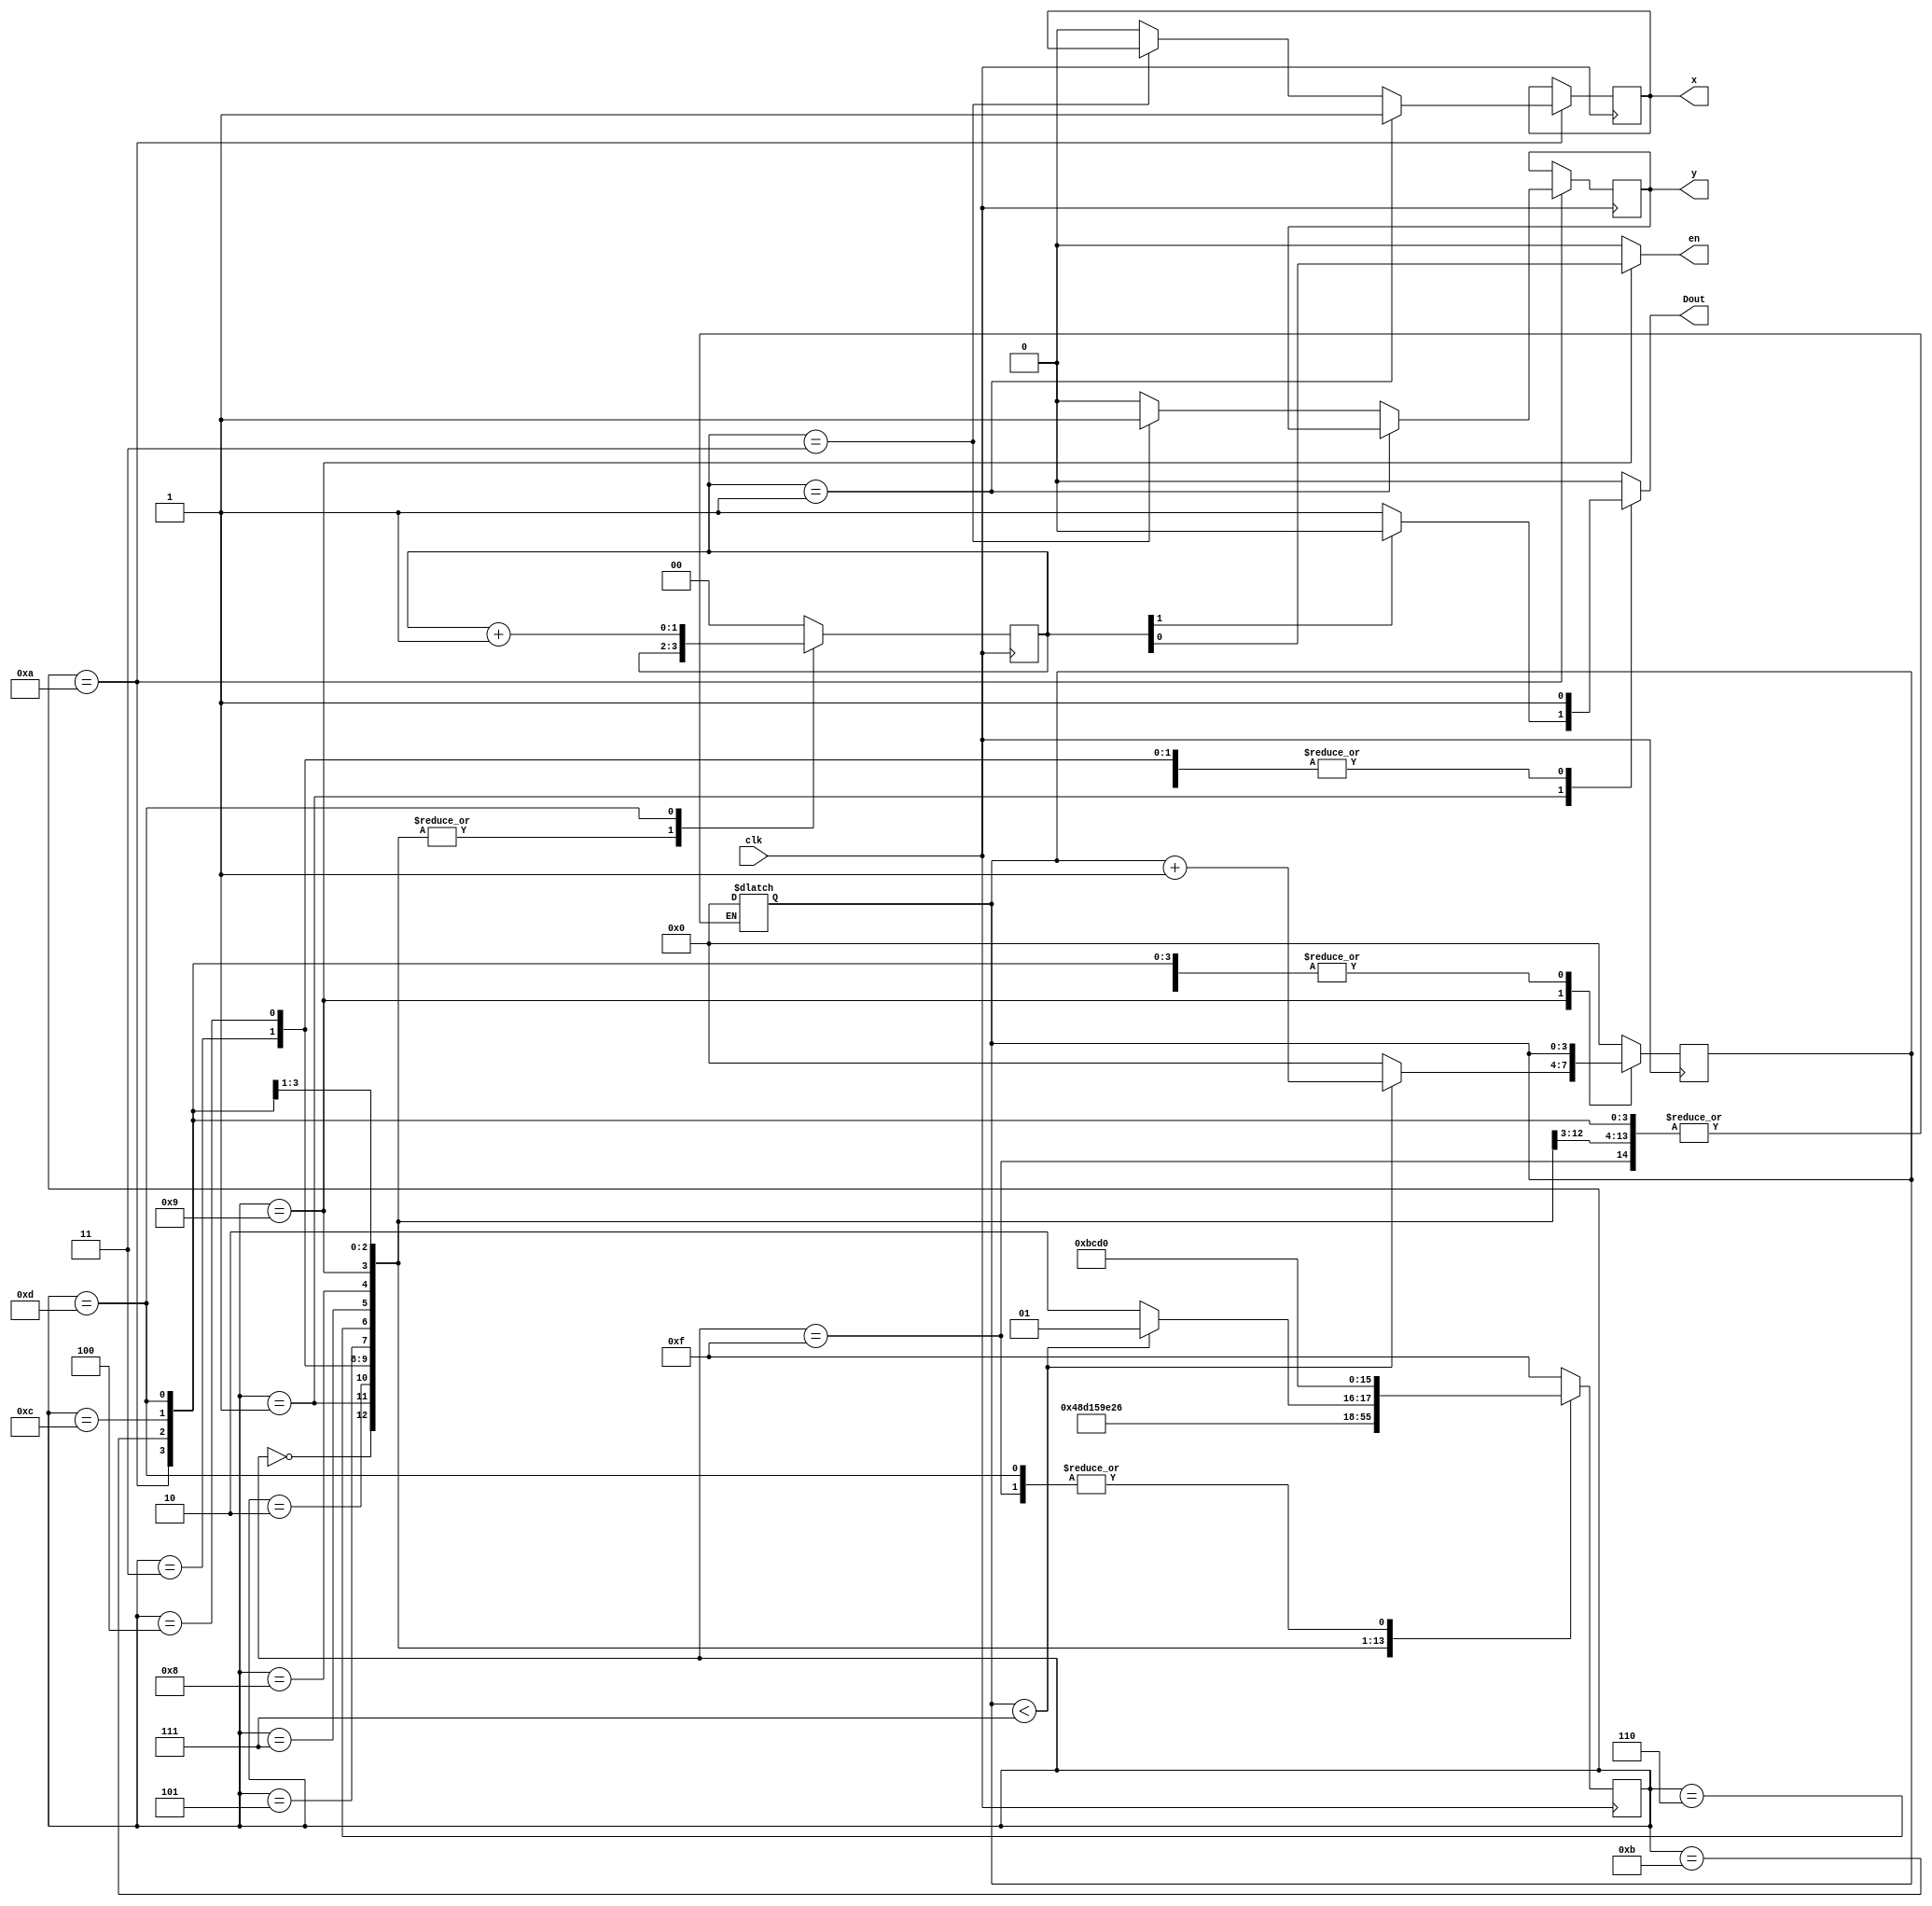
module TFT_Touch_Controller (
	input wire clk,
	output reg Dout, en,
	output reg x, y
);
	
	localparam Start = 4'b0000, A2 = 4'b0001, A1 = 4'b0010, A0 = 4'b0011, Mode = 4'b0100, SFR_DFR = 4'b0101,
		PD1 = 4'b0110, PD0 = 4'b0111, Wait_1 = 4'b1000, Data = 4'b1001, Wait_2 = 4'b1010, Wait_3 = 4'b1011, Wait_4 = 4'b1100, Wait_5 = 4'b1101, Initial_state = 4'b1111;
	
	reg [3:0] State;	// have 1 state for each bit that needs to be sent
	reg [3:0] count;
	reg [1:0] xy_counter;	// 0 & 1 == x, 2 & 3 == y
	
	always @ (negedge clk)
	begin
		case (State)
		Initial_state:	begin State = Start; count = 4'b0000; xy_counter = 2'b00; end	// reset both counters
		Start:	State = A2;	// send start bit
		A2:		State = A1;	// send a2	- these are x and y requests
		A1: 		State = A0;	// send a1
		A0: 		State = Mode;	// send a0
		Mode: 	State = SFR_DFR;	// mode - 1 = 8bits
		SFR_DFR: 	State = PD1;	// reference mode
		PD1: 		State = PD0;	// power down mode
		PD0: 		State = Wait_1;	
		Wait_1:	State = Data;	// wait 1 clock cycle
		Data:	begin
				if (count < 7)	// stay in here for 8 clock cycles
				begin
					State = Data;
					count = count + 1'b1;	// increment counter
				end
				else
				begin
					State = Wait_2;	// reset counter and move on
					count = 4'b0000;
				end
			end
		Wait_2: 	begin 
			State = Wait_3;
			if (xy_counter == 1)	// if the second pass
					x = 1'b1;	// pulse x
				else if (xy_counter == 3)	// if 4th pass
					y = 1'b1;	// pulse y
				else	
					begin x = 1'b0; y = 1'b0; end	// otherwise dont pulse anything
			end
		Wait_3:	State = Wait_4;
		Wait_4:	State = Wait_5;
		Wait_5:  begin 
			State = Start; 	// restart state machine
			xy_counter = xy_counter + 1'b1; 	// increment xy counter
			end
		default: begin State = Initial_state; xy_counter = 2'b00; count = 4'b0000; end	// reset to initial state, reset xy_counter
		endcase
	end
	
	always @ (State)
	begin
		case (State)
		Initial_state:	begin	// do nothing
			Dout = 1'b0;
			en = 1'b0;
		end
		Start:	begin	
			Dout = 1'b1;	// send start bit
			en = 1'b0;
		end
		A2:	begin	
			if (xy_counter [1] != 1'b1)	// send bit depending on which x or y we are requesting
				Dout = 1'b1;	// x
			else
				Dout = 1'b0;	// y
			en = 1'b0;
		end
		A1: 	begin
			Dout = 1'b0;	
			en = 1'b0;
		end
		A0: 	begin	
			Dout = 1'b1;
			en = 1'b0;
		end		
		Mode: 	begin
			Dout = 1'b1;
			en = 1'b0;
		end
		SFR_DFR:	begin	// send bits
			Dout = 1'b0;
			en = 1'b0;
		end			
		PD1: 		begin
			Dout = 1'b0;
			en = 1'b0;
		end
		PD0: 		begin
			Dout = 1'b0;
			en = 1'b0;
		end
		Wait_1:	begin
			Dout = 1'b0;
			en = 1'b0;
		end
		Data:		begin
			Dout = 1'b0;
			en = (1'b1 & xy_counter[0]);	// enable only on the second and 4th pass
		end
		Wait_2: 	begin	
			Dout = 1'b0;
			en = 1'b0;
		end
		Wait_3: 	begin	
			Dout = 1'b0;
			en = 1'b0;
		end
		Wait_4:	begin
			Dout = 1'b0;
			en = 1'b0;
		end
		Wait_5: 	begin 
			Dout = 1'b0;
			en = 1'b0;
		end
		default: begin	
			Dout = 1'b0;
			en = 1'b0;	// default not enabled
			count = 2'b00;		
		end
		endcase
	end
endmodule